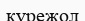
күрежол